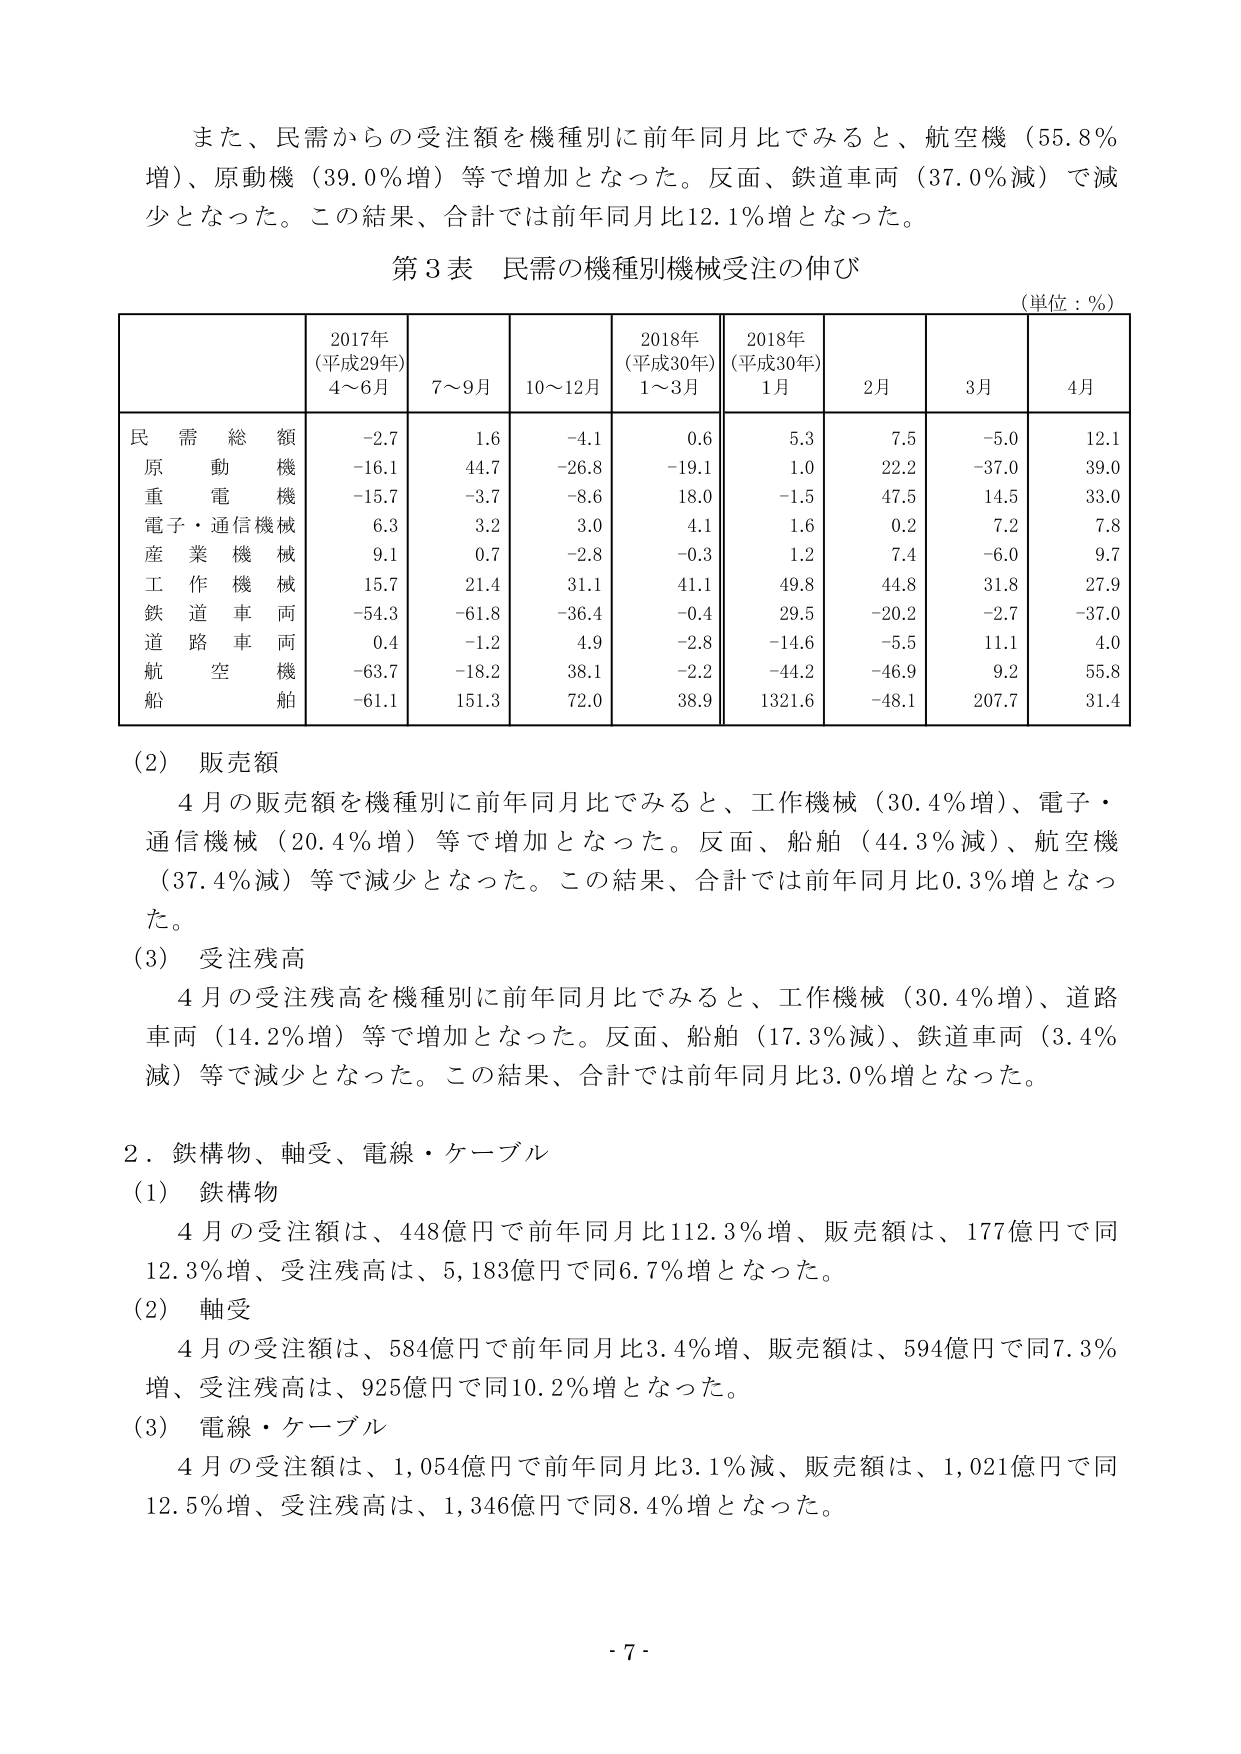
また、民需からの受注額を機種別に前年同月比でみると、航空機（55.8％増）、原動機（39.0％増）等で増加となった。反面、鉄道車両（37.0％減）で減少となった。この結果、合計では前年同月比12.1％増となった。

第3表 民需の機種別機械受注の伸び
（単位：％）

| | 2017年（平成29年）4～6月 | 7～9月 | 10～12月 | 2018年（平成30年）1～3月 | 2018年（平成30年）1月 | 2月 | 3月 | 4月 |
|---|---|---|---|---|---|---|---|---|
| 民需総額 | -2.7 | 1.6 | -4.1 | 0.6 | 5.3 | 7.5 | -5.0 | 12.1 |
| 原動機 | -16.1 | 44.7 | -26.8 | -19.1 | 1.0 | 22.2 | -37.0 | 39.0 |
| 重電機械 | -15.7 | -3.7 | -8.6 | 18.0 | -1.5 | 47.5 | 14.5 | 33.0 |
| 電子・通信機械 | 6.3 | 3.2 | 3.0 | 4.1 | 1.6 | 0.2 | 7.2 | 7.8 |
| 産業機械 | 9.1 | 0.7 | -2.8 | -0.3 | 1.2 | 7.4 | -6.0 | 9.7 |
| 工作機械 | 15.7 | 21.4 | 31.1 | 41.1 | 49.8 | 44.8 | 31.8 | 27.9 |
| 鉄道車両 | -54.3 | -61.8 | -36.4 | -0.4 | 29.5 | -20.2 | -2.7 | -37.0 |
| 道路車両 | 0.4 | -1.2 | 4.9 | -2.8 | -14.6 | -5.5 | 11.1 | 4.0 |
| 航空機 | -63.7 | -18.2 | 38.1 | -2.2 | -44.2 | -46.9 | 9.2 | 55.8 |
| 船舶 | -61.1 | 151.3 | 72.0 | 38.9 | 1321.6 | -48.1 | 207.7 | 31.4 |

(2) 販売額
4月の販売額を機種別に前年同月比でみると、工作機械（30.4％増）、電子・通信機械（20.4％増）等で増加となった。反面、船舶（44.3％減）、航空機（37.4％減）等で減少となった。この結果、合計では前年同月比0.3％増となった。

(3) 受注残高
4月の受注残高を機種別に前年同月比でみると、工作機械（30.4％増）、道路車両（14.2％増）等で増加となった。反面、船舶（17.3％減）、鉄道車両（3.4％減）等で減少となった。この結果、合計では前年同月比3.0％増となった。

2．鉄構物、軸受、電線・ケーブル
(1) 鉄構物
4月の受注額は、448億円で前年同月比112.3％増、販売額は、177億円で同12.3％増、受注残高は、5,183億円で同6.7％増となった。

(2) 軸受
4月の受注額は、584億円で前年同月比3.4％増、販売額は、594億円で同7.3％増、受注残高は、925億円で同10.2％増となった。

(3) 電線・ケーブル
4月の受注額は、1,054億円で前年同月比3.1％減、販売額は、1,021億円で同12.5％増、受注残高は、1,346億円で同8.4％増となった。

- 7 -